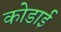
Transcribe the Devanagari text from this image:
कोडाई